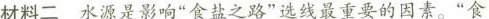
材料二水源是影响”食盐之路”选线最重要的因素。”食